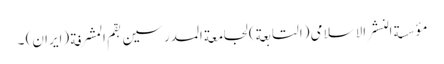
مؤسسة النشر الاسلامی (التابعة) لجامعة المدرسین بقم المشرفة (ایران) ۔